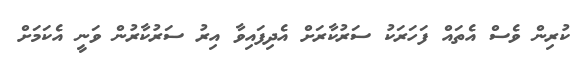
ކުރިން ވެސް އެތައް ފަހަރަކު ސަރުކާރަށް އެދިފައިވާ އިރު ސަރުކާރުން ވަނީ އެކަމަށް